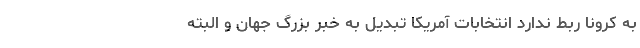
به کرونا ربط ندارد انتخابات آمریکا تبدیل به خبر بزرگ جهان و البته